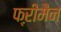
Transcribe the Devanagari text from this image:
फ्ऱीमैन